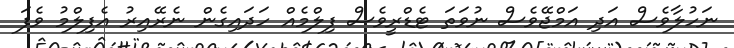
ނަހުލާވެސް އަދި އަމްޖޭވެސް ނުވަތަ ޓެޑްރީވެސް ފިލްމެއް ހަދައިގެން ނެރޭއިރު އެފިލްމު ވެފަ